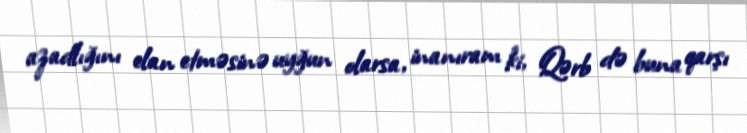
azadlığını elan etməsinə uyğun olarsa, inanıram ki, Qərb də buna qarşı